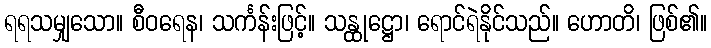
ရရသမျှသော။ စီဝရေန၊ သင်္ကန်းဖြင့်။ သန္ထုဋ္ဌော၊ ရောင်ရဲနိုင်သည်။ ဟောတိ၊ ဖြစ်၏။